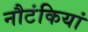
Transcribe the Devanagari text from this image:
नौटंकियां